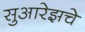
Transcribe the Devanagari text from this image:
सुआरेझचे